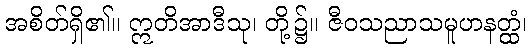
အစိတ်ရှိ၏။ ဣတိအာဒီသု၊ တို့၌။ ဇီဝသညာသမူဟနတ္ထံ၊